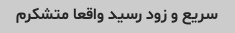
سریع و زود رسید واقعا متشکرم